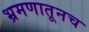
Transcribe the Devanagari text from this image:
भ्रमणातूनच